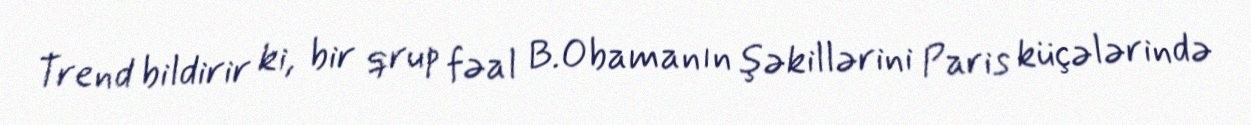
Trend bildirir ki, bir qrup fəal B.Obamanın şəkillərini Paris küçələrində